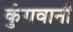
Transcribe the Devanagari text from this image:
कुंगवानी